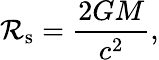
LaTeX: \mathcal{R}_{\mathrm{{{s}}}}={\frac{{2GM}}{{c^{2}}}},